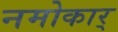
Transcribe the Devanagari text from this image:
नमोकार्